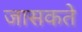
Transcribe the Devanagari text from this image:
जासकते